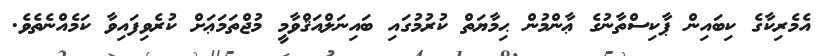
އެމެރިކާގެ ކިބައިން ޕާކިސްތާނުގެ ޢާންމުން ޙިމާޔަތް ކުރުމުގައި ބައިނަލްއަޤްވާމީ މުޖްތަމަޢަށް ކުރެވިފައިވާ ކަމެއްނެތެވެ.